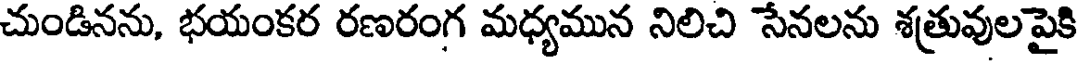
చుండినను, భయంకర రణరంగ మధ్యమున నిలిచి సేనలను శత్రువులపైకి